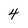
Character: 4